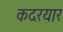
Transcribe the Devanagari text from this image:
कदरयार